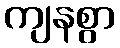
ကျနစွာ